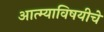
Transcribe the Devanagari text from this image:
आत्म्याविषयीचे